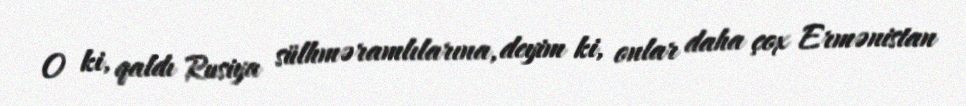
O ki, qaldı Rusiya sülhməramlılarına, deyim ki, onlar daha çox Ermənistan